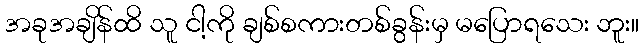
အခုအချိန်ထိ သူ ငါ့ကို ချစ်စကားတစ်ခွန်းမှ မပြောရသေး ဘူး။